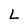
Character: L